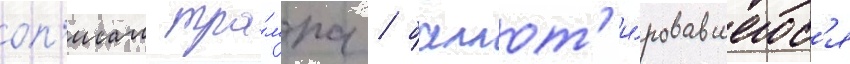
оп'исал тра́мпа / баллот'и́ровавшегос'я